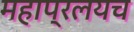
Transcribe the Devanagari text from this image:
महाप्रलयच